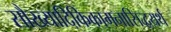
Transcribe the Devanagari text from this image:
सौख्यादिकिकामनासिद्धयर्थ